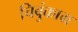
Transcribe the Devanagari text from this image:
चिबुंकाग्र